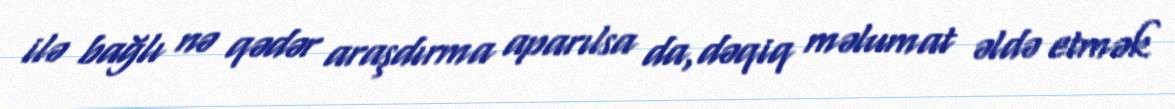
ilə bağlı nə qədər araşdırma aparılsa da,dəqiq məlumat əldə etmək